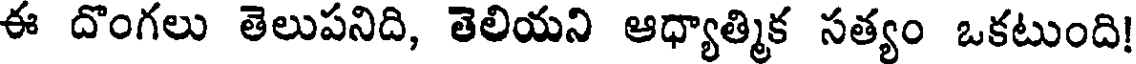
ఈ దొంగలు తెలుపనిది, తెలియని ఆధ్యాత్మిక సత్యం ఒకటుంది!